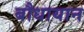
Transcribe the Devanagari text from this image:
बौधायान